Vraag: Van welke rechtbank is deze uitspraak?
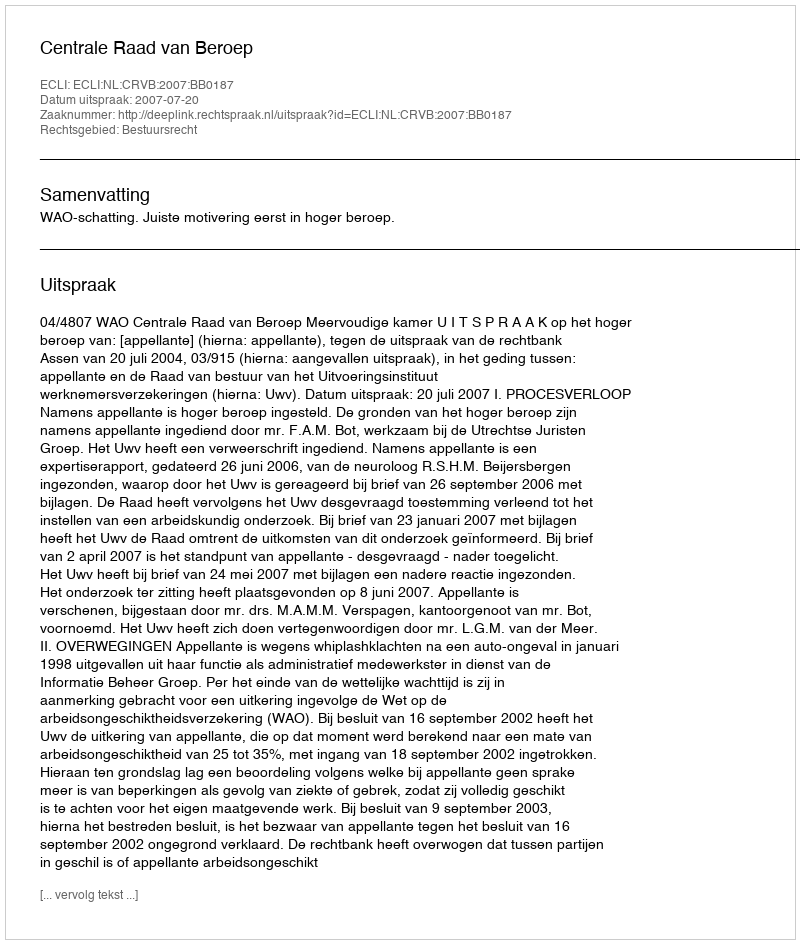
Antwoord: Centrale Raad van Beroep